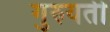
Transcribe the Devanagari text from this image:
गुरुयती